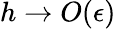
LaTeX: h\to O(\epsilon)